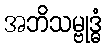
အဘိသမ္ဗုဒ္ဓံ